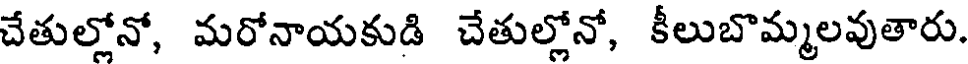
చేతుల్లోనో, మరోనాయకుడి చేతుల్లోనో, కీలుబొమ్మలవుతారు.